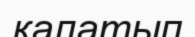
қалатып